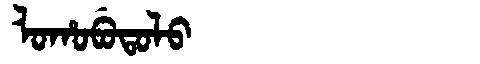
Manchu: ᠯᠣᡥᠣᠪᡠᡨᠣᠯᠣ
Romanization: LOHOBUTOLO